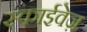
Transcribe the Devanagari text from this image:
स्काईवेज़